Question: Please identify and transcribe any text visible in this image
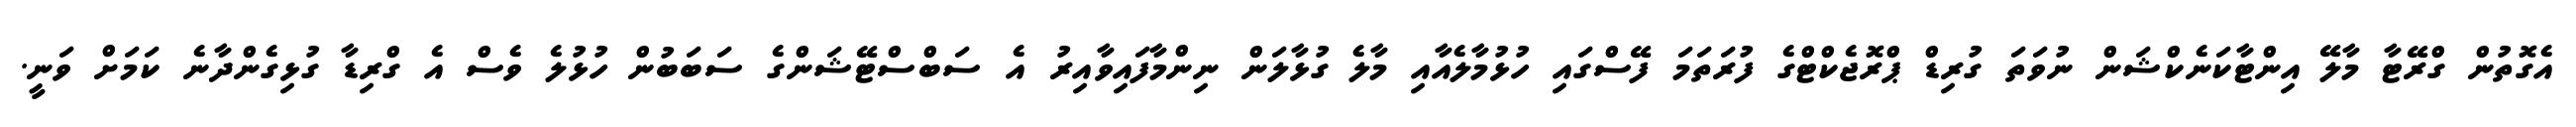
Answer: އެގޮތުން ގްރޭޓާ މާލޭ އިންޓާކަނެކްޝަން ނުވަތަ ގުރިޑް ޕްރޮޖެކްޓްގެ ފުރަތަމަ ފޭސްގައި ހުޅުމާލެއާއި މާލެ ގުޅާލަން ނިންމާފައިވާއިރު އެ ސަބްސްޓޭޝަންގެ ސަބަބުން ހުޅުލެ ވެސް އެ ގްރިޑާ ގުޅިގެންދާނެ ކަމަށް ވަނީ.